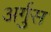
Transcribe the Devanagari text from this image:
अर्गुस